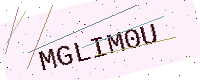
Text: MGLIM0U